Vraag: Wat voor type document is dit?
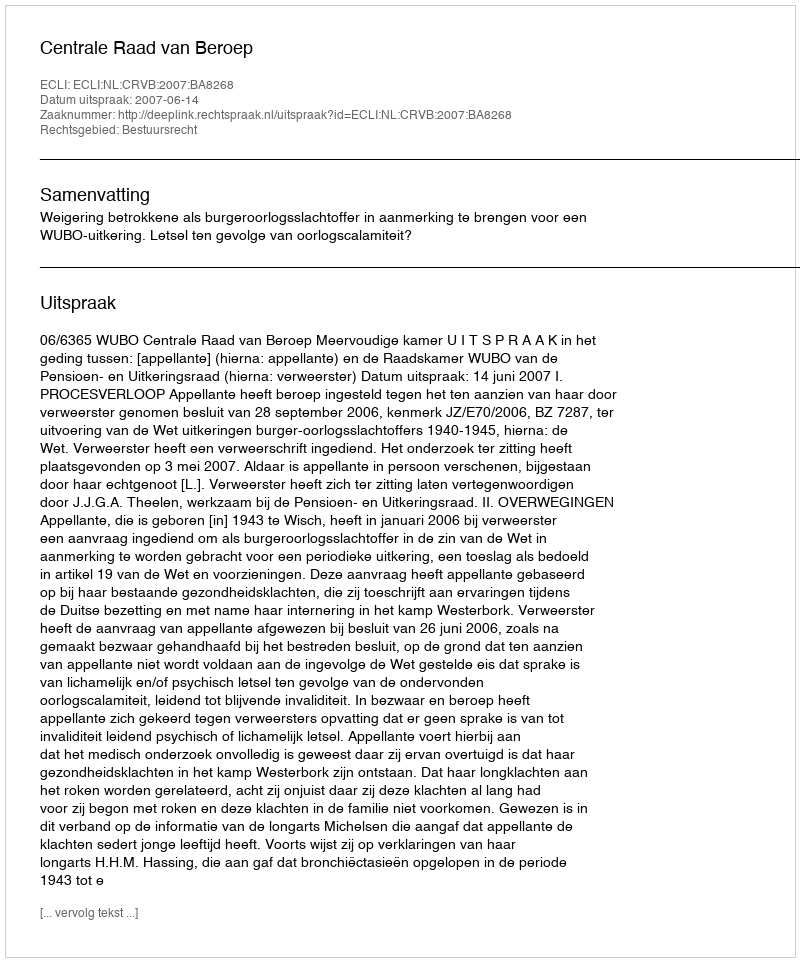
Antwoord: Uitspraak